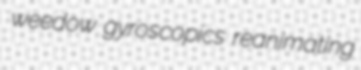
weedow gyroscopics reanimating